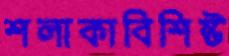
শলাকাবিশিষ্ট